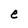
Character: e